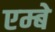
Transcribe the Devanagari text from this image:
एम्बे